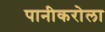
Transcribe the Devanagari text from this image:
पानीकरोला